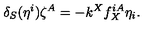
\delta _ { S } ( \eta ^ { i } ) \zeta ^ { A } = - k ^ { X } f _ { X } ^ { i A } \eta _ { i } .